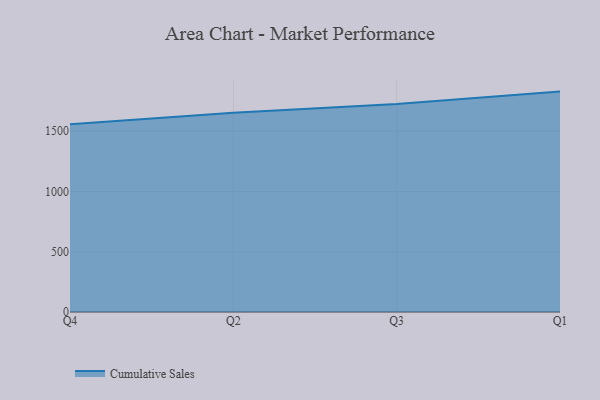
{"axis": {"x": "Quarter", "y": "Tickets Resolved"}, "legend": ["Cumulative Sales"], "data": [{"x": "Q4", "y": 1558.6, "type": "Cumulative Sales"}, {"x": "Q2", "y": 1654.1, "type": "Cumulative Sales"}, {"x": "Q3", "y": 1726.4, "type": "Cumulative Sales"}, {"x": "Q1", "y": 1829.0, "type": "Cumulative Sales"}]}